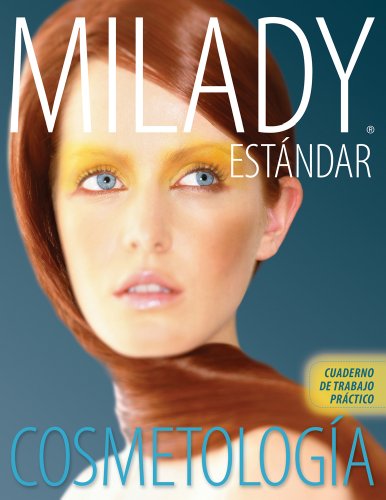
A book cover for Spanish Translated Practical Workbook for Milady Standard Cosmetology 2012; Milady; Business & Money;